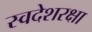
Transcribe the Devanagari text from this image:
स्वदेशरक्षा